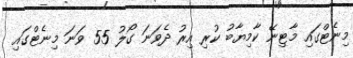
މިނެޓްގައި މާޓިނޭ ކާމިޔާބު ކުރި އިރު ދެވަނަ ގޯލު 55 ވަނަ މިނެޓްގައި